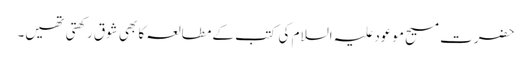
حضرت مسیح موعود علیہ السلام کی کتب کے مطالعہ کا بھی شوق رکھتی تھیں۔